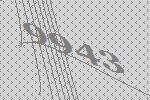
9943